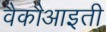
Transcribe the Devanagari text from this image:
वैकौआइती